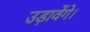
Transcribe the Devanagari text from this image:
उड़ावेंगे।